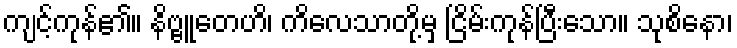
ကျင့်ကုန်၏။ နိဗ္ဗူတေဟိ၊ ကိလေသာတို့မှ ငြိမ်းကုန်ပြီးသော။ သုစိနော၊